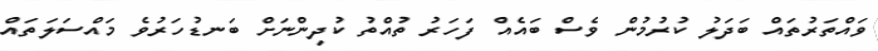
ވައްތަރުތައް ބަދަލު ކުރުމުން ވެސް ބައެއް ފަހަރު ތުއްތު ކުދިންނަށް ބަނޑުހަރުވެ މައްސަލަތައް